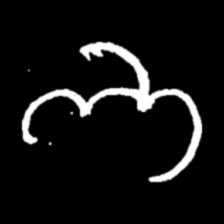
Pyu character \u2014 Myanmar letter: ဘ (romanized: bha)